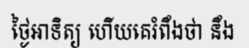
ថ្ងៃអាទិត្យ ហើយគេរំពឹងថា នឹង